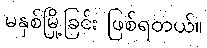
မနှစ်မြို့ခြင်း ဖြစ်ရတယ်။